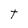
Character: T